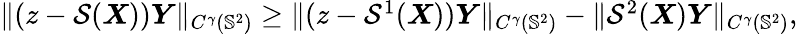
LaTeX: \begin{array}{r}{\| (z-\mathcal{S}(\boldsymbol{X}))\boldsymbol{Y}\| _{C^{\gamma}(\mathbb{S}^{2})}\geq\| (z-\mathcal{S}^{1}(\boldsymbol{X}))\boldsymbol{Y}\| _{C^{\gamma}(\mathbb{S}^{2})}-\| \mathcal{S}^{2}(\boldsymbol{X})\boldsymbol{Y}\| _{C^{\gamma}(\mathbb{S}^{2})},}\end{array}